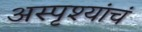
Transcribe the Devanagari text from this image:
अस्पृश्यांचं